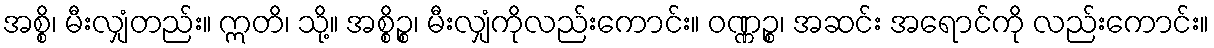
အစ္စိ၊ မီးလျှံတည်း။ ဣတိ၊ သို့။ အစ္စိဉ္စ၊ မီးလျှံကိုလည်းကောင်း။ ဝဏ္ဏဉ္စ၊ အဆင်း အရောင်ကို လည်းကောင်း။